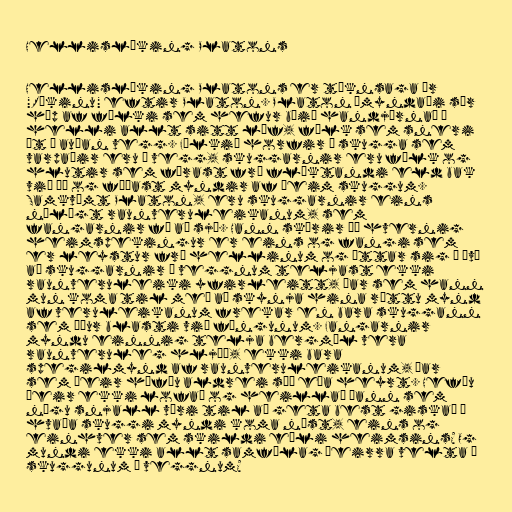
Hellislíking Platons

Hellislíking Platons er táknsaga úr
"Ríkinu" eftir Platon. Platon ímyndaði sér
hóp af fólki sem hefur búið handjárnað í
helli allt sitt líf, fólk sem sneri
út í auðan vegg. Fólkið horfir á skugga sem
varpaðir eru á vegg, skuggarnir eru fólk og
hlutir sem færast frá flöktandi eld bak
við þá og fæðast myndir af þeim skuggum.
Samkvæmt Platon, eru skuggarnir eins
nálægt raunveruleikanum, sem
fangarnir fá að sjá. Hann skýrir þá hvernig
heimspekingur er eins og fangi sem
er leystur frá hellinum og áttar sig á því
að skuggarnir á veggnum teljast ekki
raunveruleiki yfirleitt, þar sem hann
mun koma til með að skynja hina réttu mynd
af veruleikanum frekar en bara skuggann
sem áður blasti við föngunum. Fangarnir
myndu einnig telja bergmál vera
raunveruleg hljóð, ekki bara
spegilmynd af raunveruleikanum, þar
sem þeir höfðu aldrei séð eða heyrt. Hefðu
þeir ekki lofað og heillað þann sem
nógu snjall væri til að geta best giskað á
hvaða skuggi myndi koma næst, eins og
einhver sem skildi eðli heimsins? Og
mundi ekki allt samfélag þeirra velta á
skuggunum á veggnum?